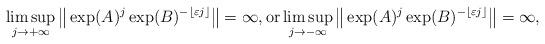
LaTeX: \begin{align*} \limsup_{j \to +\infty} \big\| \exp(A)^j \exp(B)^{-\lfloor \varepsilon j \rfloor} \big\| = \infty, \mbox{or} \limsup_{j\to -\infty} \big\| \exp(A)^j \exp(B)^{-\lfloor \varepsilon j \rfloor} \big\| =\infty,\end{align*}